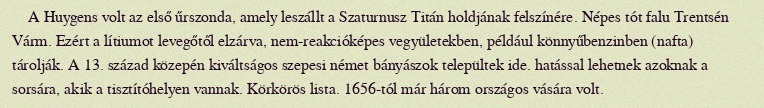
A Huygens volt az első űrszonda, amely leszállt a Szaturnusz Titán holdjának felszínére. Népes tót falu Trentsén Várm. Ezért a lítiumot levegőtől elzárva, nem-reakcióképes vegyületekben, például könnyűbenzinben (nafta) tárolják. A 13. század közepén kiváltságos szepesi német bányászok települtek ide. hatással lehetnek azoknak a sorsára, akik a tisztítóhelyen vannak. Körkörös lista. 1656-tól már három országos vására volt.